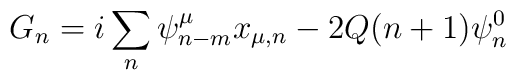
G_n = i \sum_{n} \psi_{n-m}^\mu x_{\mu,n} - 2Q(n+1)\psi_n^0